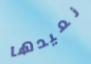
نعيدها